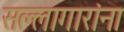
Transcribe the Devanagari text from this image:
सल्लागारांना